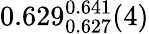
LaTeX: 0.629_{0.627}^{0.641}(4)